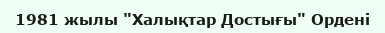
1981 жылы "Халықтар Достығы" Ордені